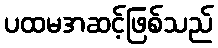
ပထမအဆင့်ဖြစ်သည်